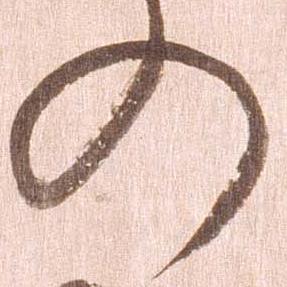
の